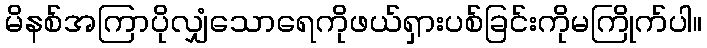
မိနစ်အကြာပိုလျှံသောရေကိုဖယ်ရှားပစ်ခြင်းကိုမကြိုက်ပါ။